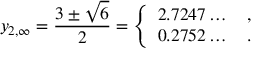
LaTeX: y _ { 2 , \infty } = \frac { 3 \pm \sqrt { 6 } } { 2 } = \left\{ \begin{array} { l } { { 2 . 7 2 4 7 \dots \quad , } } \\ { { 0 . 2 7 5 2 \dots \quad . } } \end{array} \right.